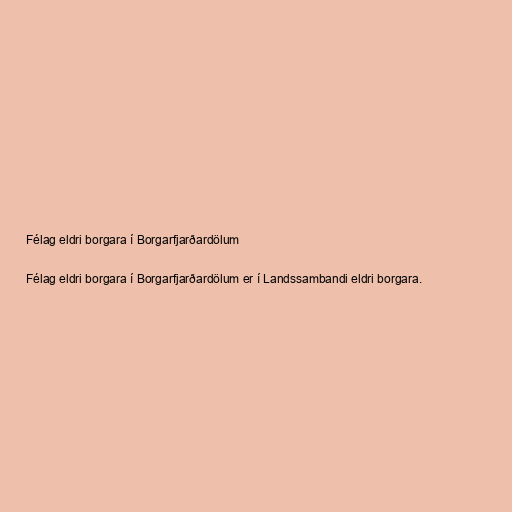
Félag eldri borgara í Borgarfjarðardölum

Félag eldri borgara í Borgarfjarðardölum er í Landssambandi eldri borgara.